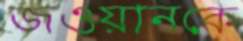
জওয়ানকে